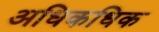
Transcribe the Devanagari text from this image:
अधिकधिक